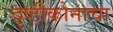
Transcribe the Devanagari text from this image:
दृष्टीकोनाचा